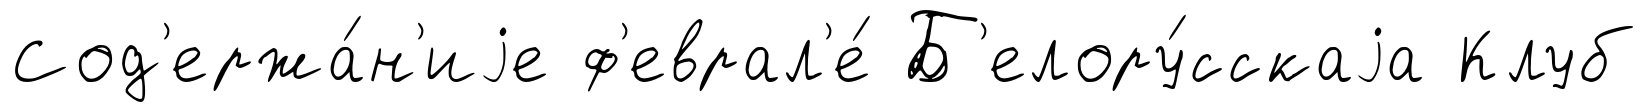
Сод'ержа́н'иjе ф'еврал'е́ Б'елору́сскаjа Клуб